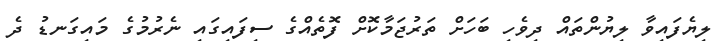
ލިޔެފައިވާ ލިޔުންތައް ދިވެހި ބަހަށް ތަރުޖަމާކޮށް ފޮތެއްގެ ސިފައިގައި ނެރުމުގެ މައިގަނޑު ދެ